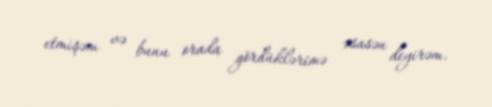
etmişəm və bunu orada gördüklərimə əsasən deyirəm.